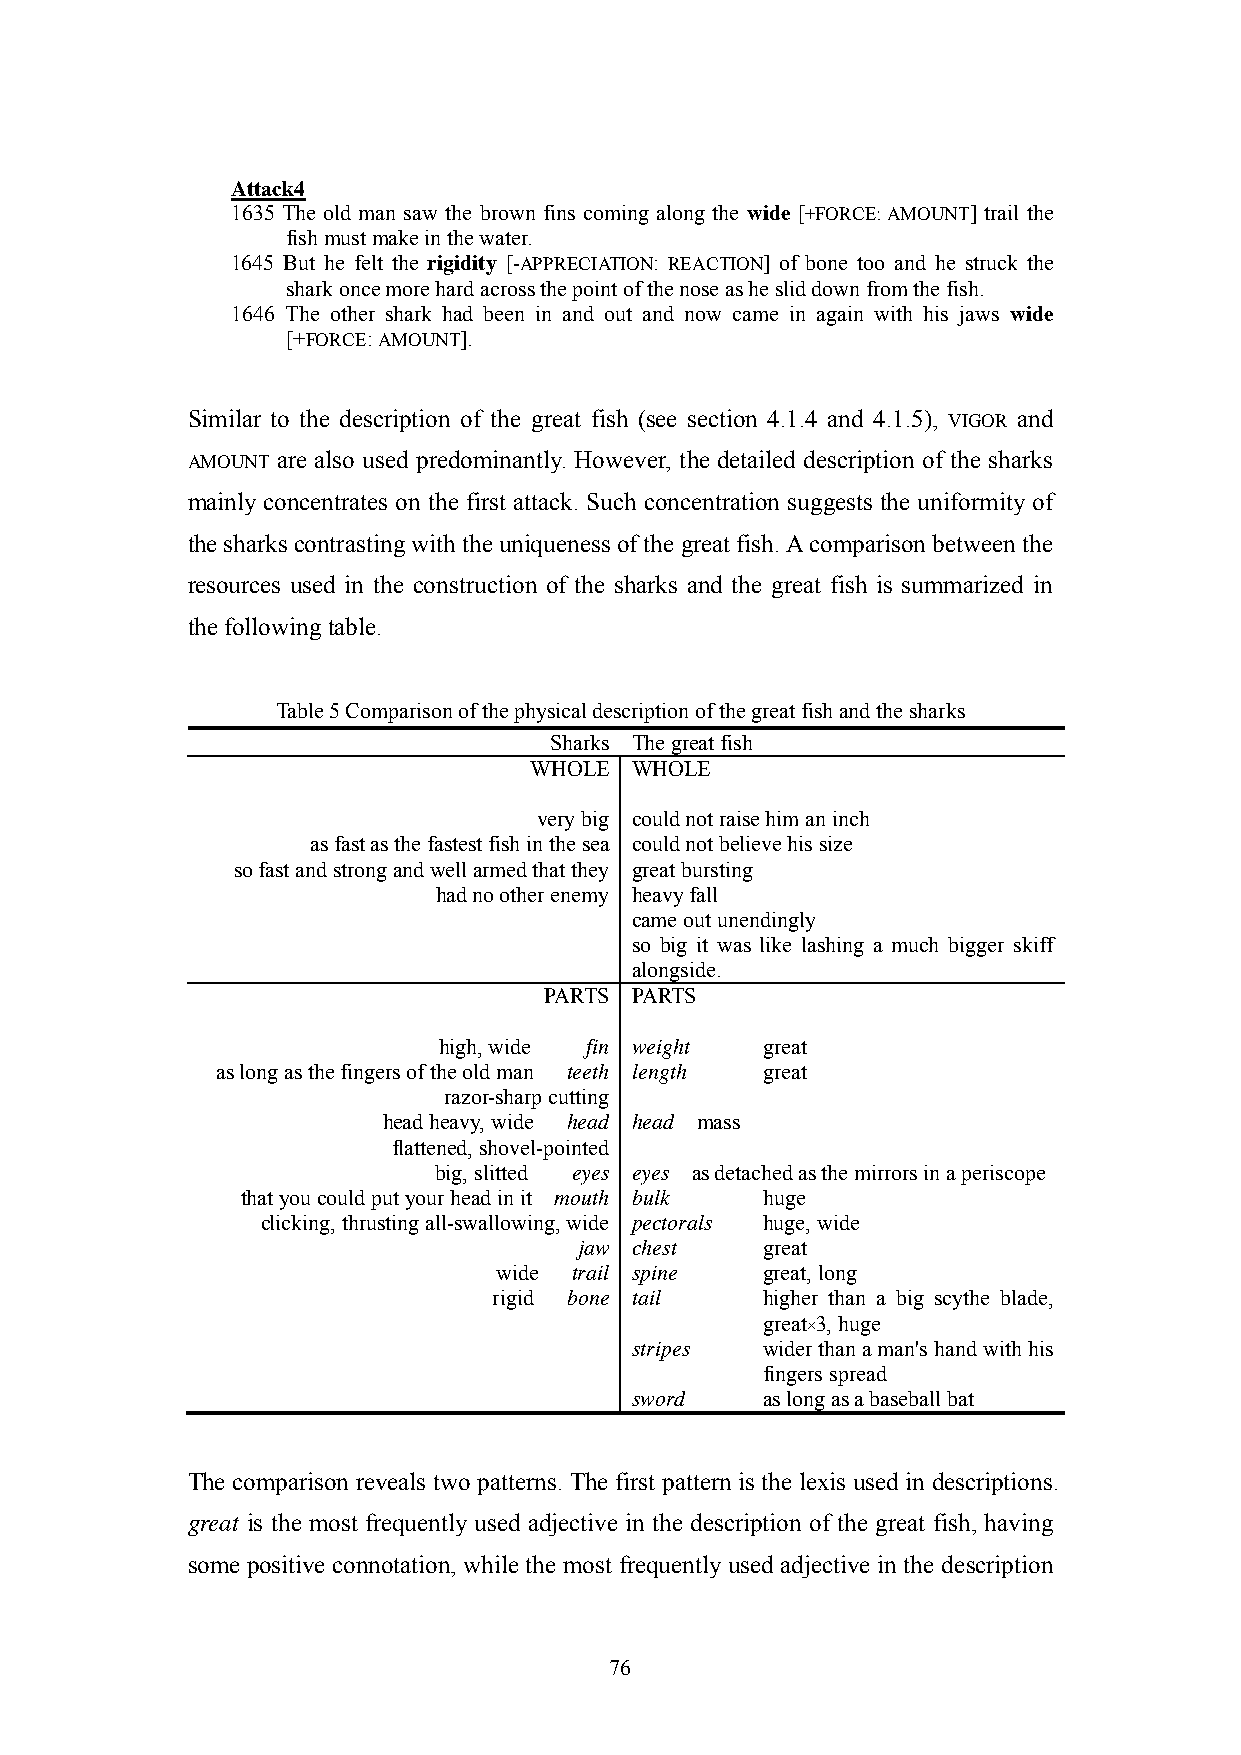
Attack4
 1635 The old man saw the brown fins coming along the wide [+FORCE: AMOUNT] trail the
 fish must make in the water.
 1645 But he felt the rigidity [-APPRECIATION: REACTION] of bone too and he struck the
 shark once more hard across the point of the nose as he slid down from the fish.
 1646 The other shark had been in and out and now came in again with his jaws wide
 [+FORCE: AMOUNT].
 Similar to the description of the great fish (see section 4.1.4 and 4.1.5), VIGOR and
 AMOUNT are also used predominantly. However, the detailed description of the sharks
 mainly concentrates on the first attack. Such concentration suggests the uniformity of
 the sharks contrasting with the uniqueness of the great fish. A comparison between the
 resources used in the construction of the sharks and the great fish is summarized in
 the following table.
 Table 5 Comparison of the physical description of the great fish and the sharks
 Sharks The great fish
 WHOLE  WHOLE
 very big could not raise him an inch
 as fast as the fastest fish in the sea could not believe his size
 so fast and strong and well armed that they great bursting
 had no other enemy heavy fall
 came out unendingly
 so big it was like lashing a much bigger skiff
 alongside.
 PARTS PARTS
 high, wide fin weight great
 as long as the fingers of the old man teeth length great
 razor-sharp cutting
 head heavy, wide head head mass
 flattened, shovel-pointed
 big, slitted eyes eyes as detached as the mirrors in a periscope
 that you could put your head in it mouth bulk huge
 clicking, thrusting all-swallowing, wide pectorals huge, wide
 jaw chest   great
 wide trail spine great, long
 rigid bone tail  higher than a big scythe blade,
 great×3, huge
 stripes wider than a man's hand with his
 fingers spread
 sword   as long as a baseball bat
 The comparison reveals two patterns. The first pattern is the lexis used in descriptions.
 great is the most frequently used adjective in the description of the great fish, having
 some positive connotation, while the most frequently used adjective in the description
 76